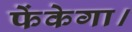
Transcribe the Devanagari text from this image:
फेंकेगा।